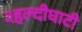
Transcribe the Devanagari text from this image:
२हल्दीघाटी